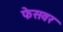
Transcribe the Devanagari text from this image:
फेसवर